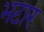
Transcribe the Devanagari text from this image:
भटार